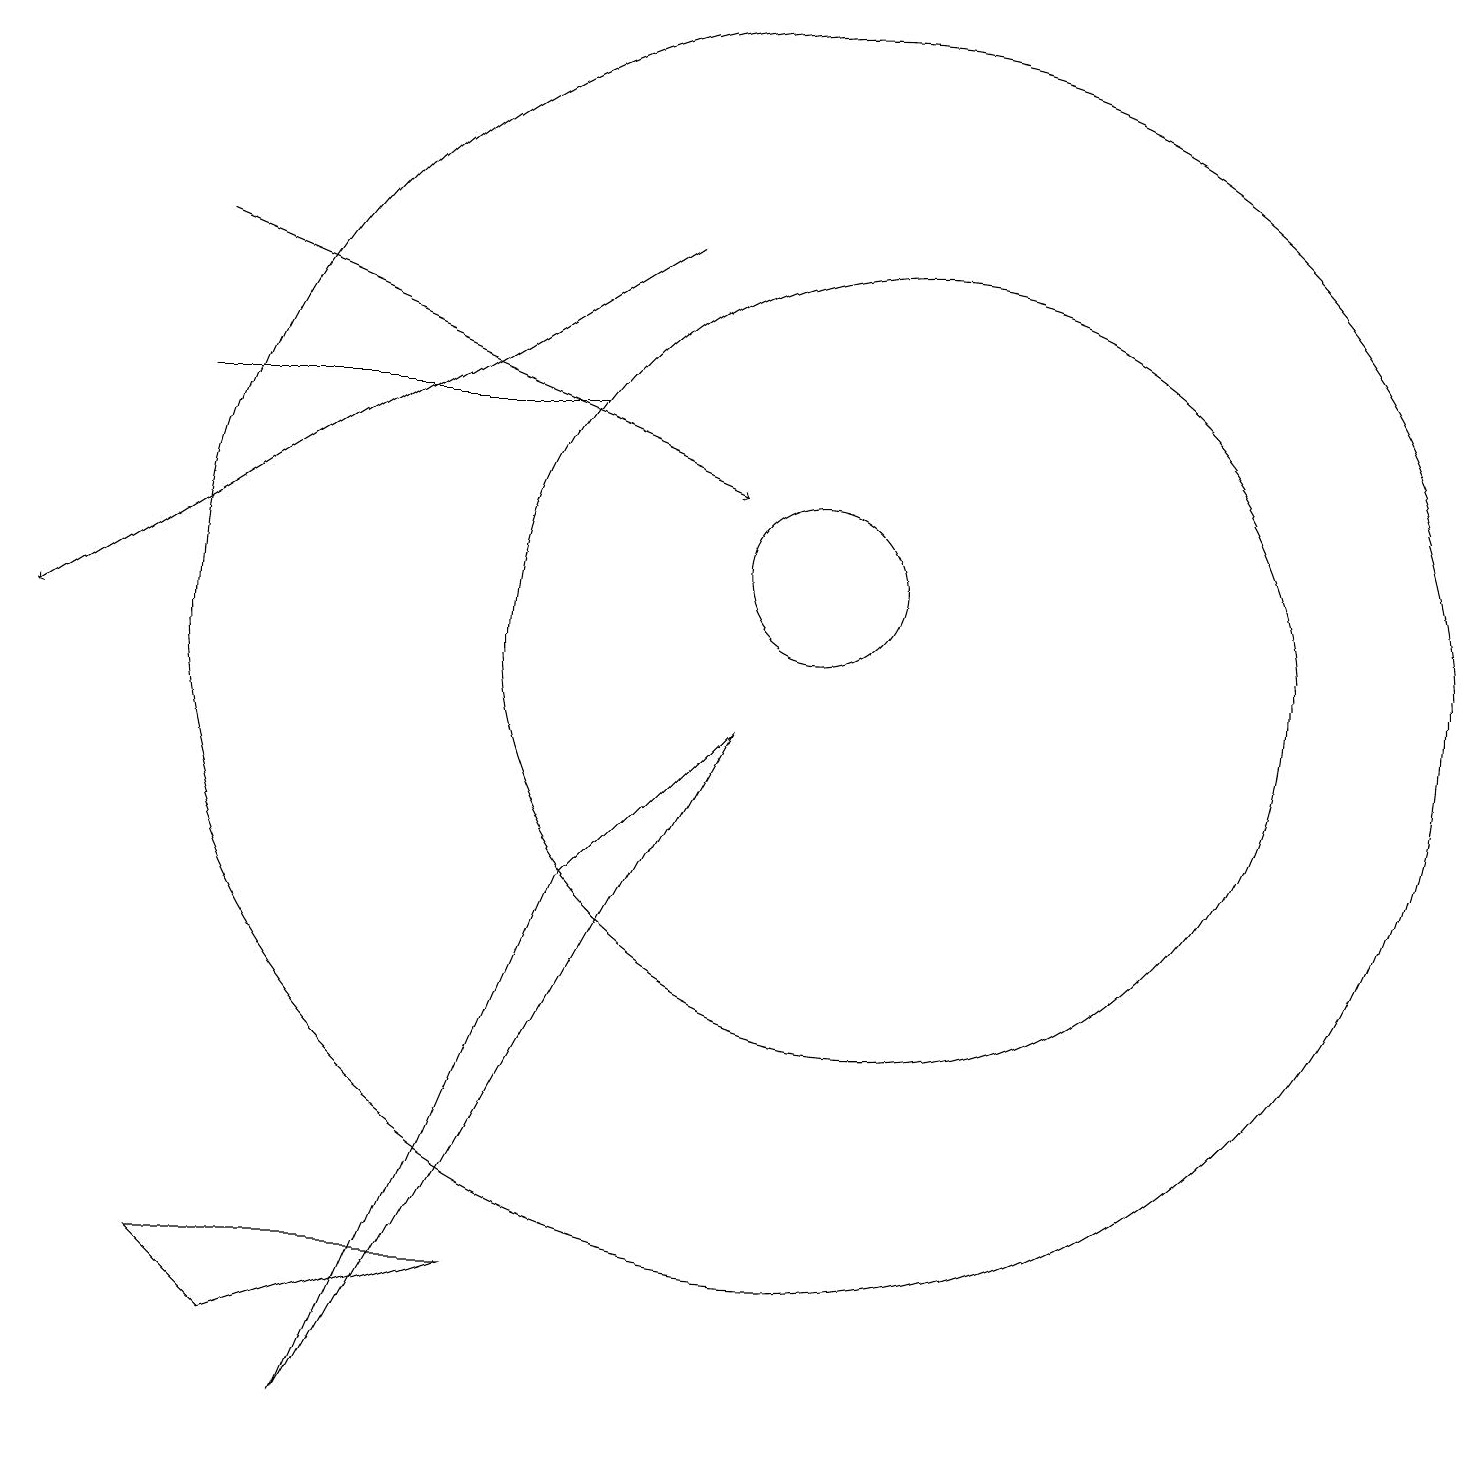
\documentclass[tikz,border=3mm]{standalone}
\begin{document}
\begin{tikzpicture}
\draw (10,11) circle (1);
\draw (10,10) circle (8);
\draw[->] (2,15) -- (9,12);
\draw (11,10) circle (5);
\draw[->] (8,15) -- (0,10);
\draw (6,2) -- (3,1) -- (2,2) -- cycle;
\draw (4,0) -- (7,7) -- (9,9) -- cycle;
\draw (2,13) rectangle (7,13);
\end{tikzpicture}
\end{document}